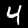
Label: 4